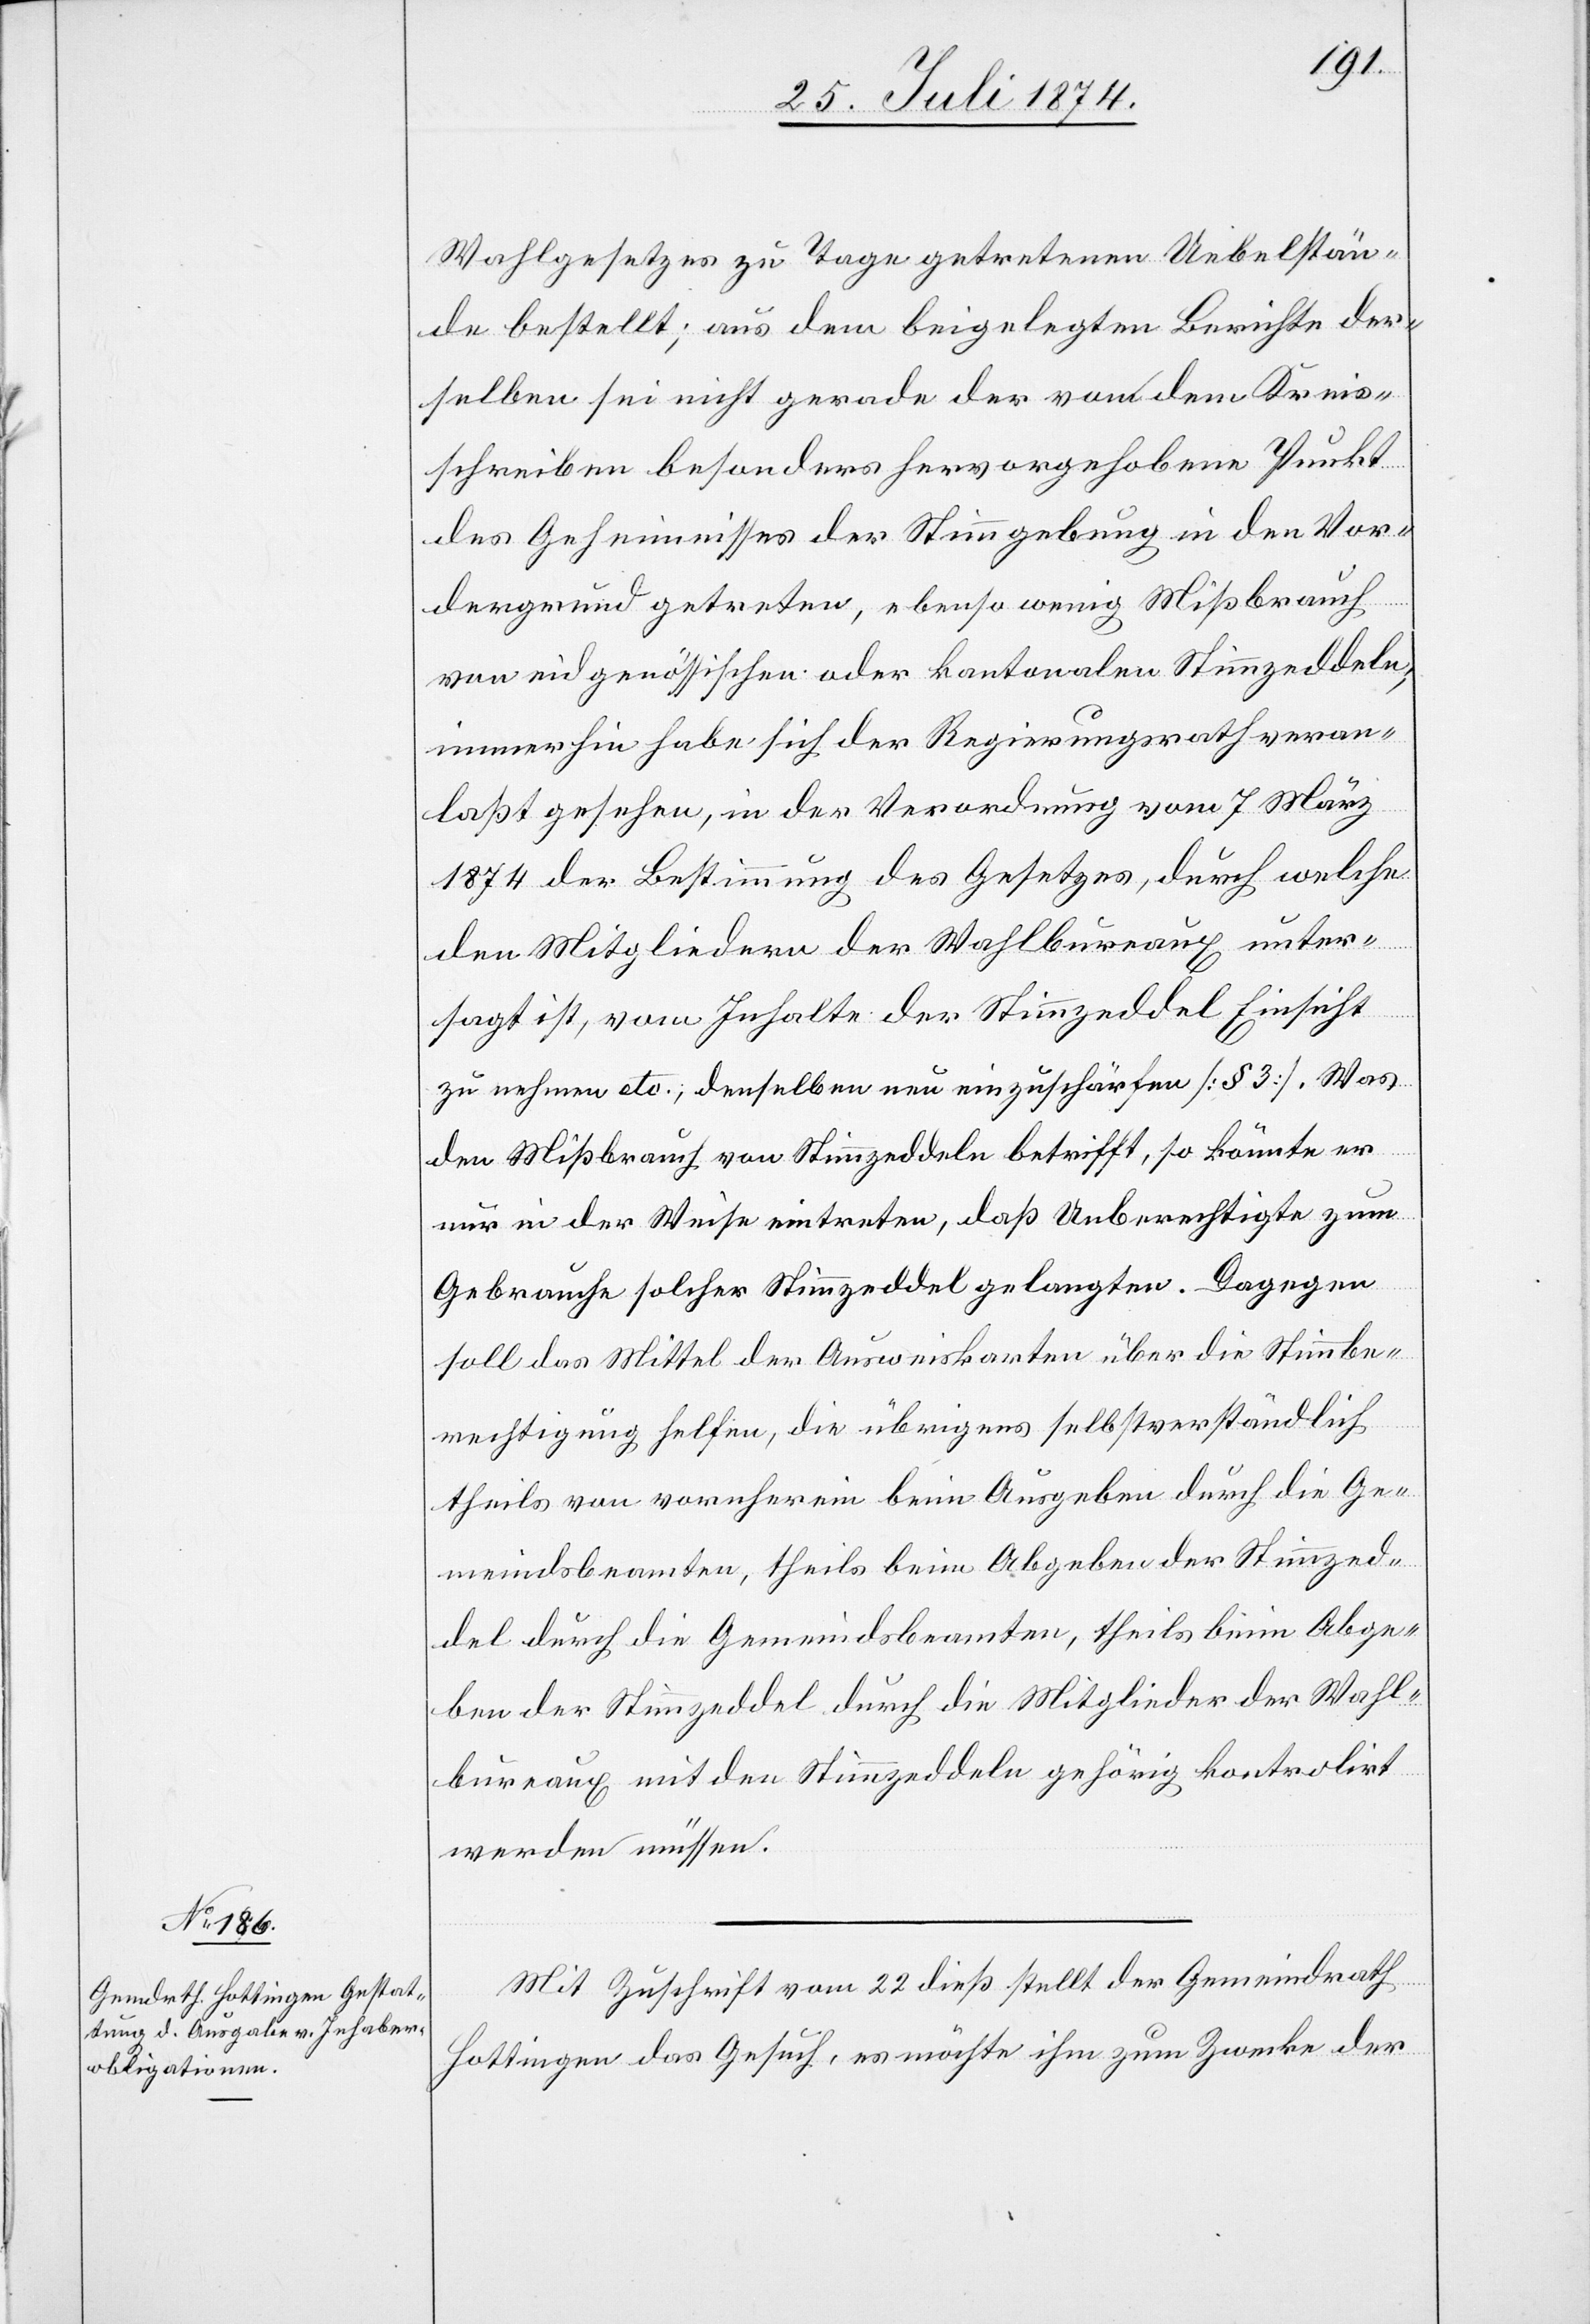
Wahlgesetzes zu Tage getretenen Uebelstän¬
de bestellt; aus dem beigelegten Berichte der¬
selben sei nicht gerade der von dem Kreis¬
schreiben besonders hervorgehobene Punkt
des Geheimnisses der Stimmgebung in den Vor¬
dergrund getreten, ebenso wenig Mißbrauch
von eidgenössischen oder kantonalen Stimmzeddeln;
immerhin habe sich der Regierungsrath veran¬
laßt gesehen, in der Verordnung vom 7. März
1874 der Bestimmung des Gesetzes, durch welche
die Mitglieder der Wahlbureaux mit den
sagt ist, vom Inhalte der Stimmzeddel Einsicht
zu nehmen etc.; denselben neu einzuschärfen [§ 3]. Was
den Mißbrauch von Stimmzeddeln betrifft, so könnte er
nur in der Weise eintreten, daß Unberechtigte zum
Gebrauche solcher Stimmzeddel gelangten. Dagegen
soll das Mittel der Ausweiskarten über die Stimmbe¬
rechtigung helfen, die übrigens selbstverständlich
theils von vornherein beim Ausgeben durch die Ge¬
meindsbeamten, theils beim Abgeben der Stimmzeddel
werden müssen.
Mit Zuschrift vom 22. dieß stellt der Gemeindrath
Hottingen das Gesuch, es möchte ihm zum Zwecke der